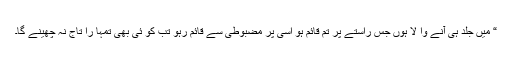
“ میں جلد ہی آنے وا لا ہوں جس راستے پر تم قائم ہو اسی پر مضبوطی سے قائم رہو تب کو ئی بھی تمہا را تاج نہ چھینے گا۔